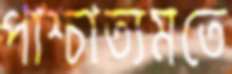
পাশ্চাত্যমতে